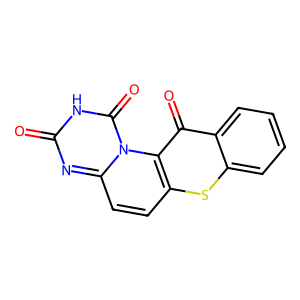
SMILES: O=c1nc2ccc3sc4ccccc4c(=O)c3n2c(=O)[nH]1
Inhibits HIV replication: No